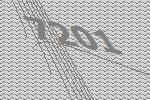
7201